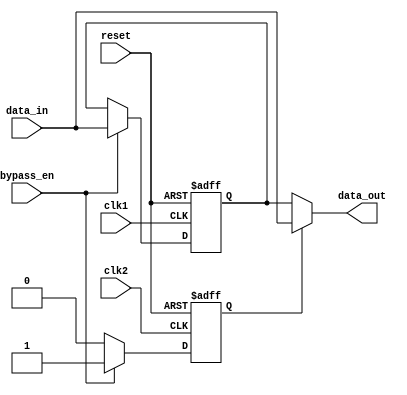
module TwoWayBypassRegister (
    input wire clk1,
    input wire clk2,
    input wire reset,
    input wire bypass_en,
    input wire [31:0] data_in,
    output wire [31:0] data_out
);

reg [31:0] reg_data;
reg bypassed;

always @(posedge clk1 or posedge reset) begin
    if (reset) begin
        reg_data <= 32'h0;
    end else begin
        if (bypass_en) begin
            reg_data <= data_in;
        end else begin
            reg_data <= reg_data;
        end
    end
end

always @(posedge clk2 or posedge reset) begin
    if (reset) begin
        bypassed <= 1'b0;
    end else begin
        if (bypass_en) begin
            bypassed <= 1'b1;
        end else begin
            bypassed <= 1'b0;
        end
    end
end

assign data_out = bypassed ? data_in : reg_data;

endmodule